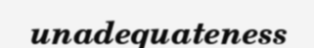
unadequateness